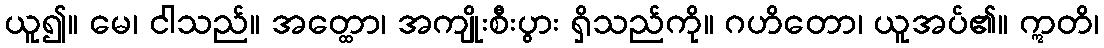
ယူ၍။ မေ၊ ငါသည်။ အတ္ထော၊ အကျိုးစီးပွား ရှိသည်ကို။ ဂဟိတော၊ ယူအပ်၏။ ဣတိ၊